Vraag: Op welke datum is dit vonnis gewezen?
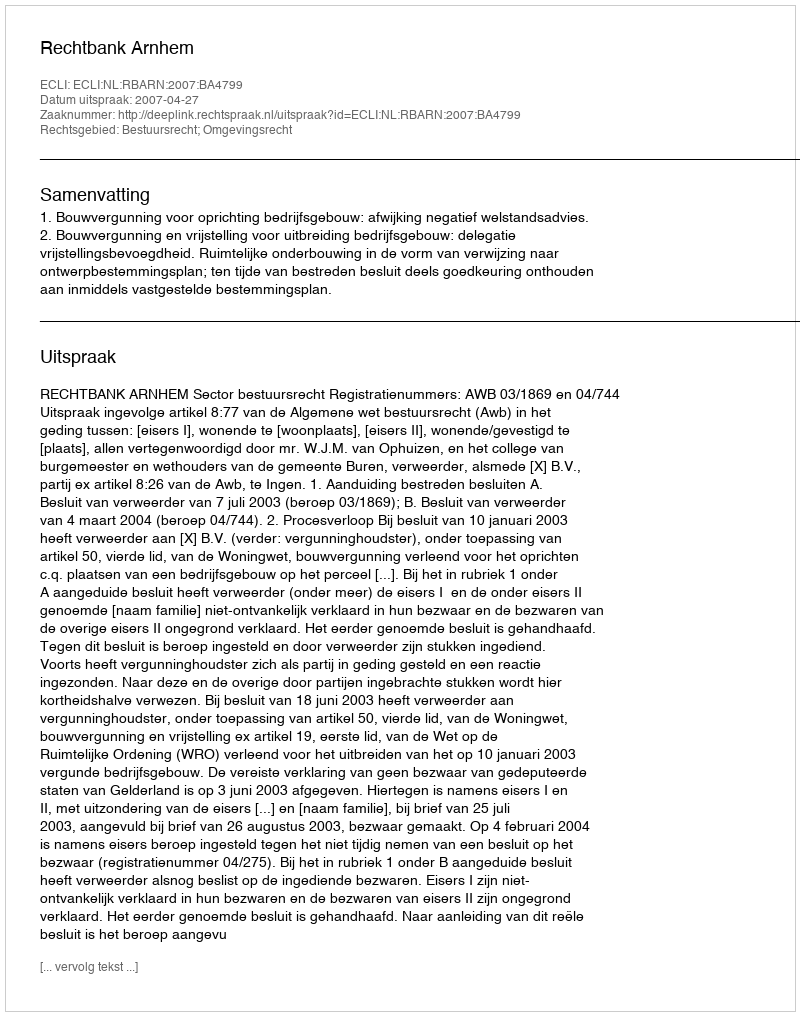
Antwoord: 2007-04-27